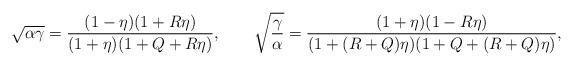
LaTeX: \begin{align*}\sqrt{\alpha\gamma}=\frac{(1-\eta)(1+R\eta)}{(1+\eta)(1+Q+R\eta)},\qquad\sqrt{\frac{\gamma}{\alpha}}=\frac{(1+\eta)(1-R\eta)}{(1+(R+Q)\eta)(1+Q+(R+Q)\eta)},\end{align*}